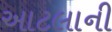
આટલાની